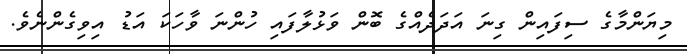
މިޔަންމާގެ ސިފައިން ގިނަ އަދަދެއްގެ ބޮން ވަޅުލާފައި ހުންނަ ވާހަކަ އަޑު އިވިގެންނެވެ.